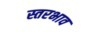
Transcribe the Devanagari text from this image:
स्तरभाव